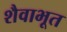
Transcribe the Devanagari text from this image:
शैवाभूत